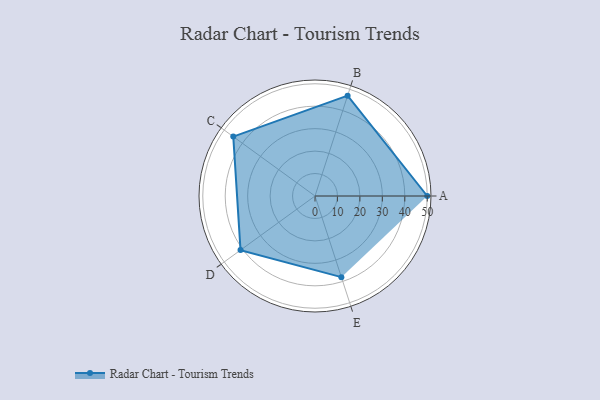
{"axis": {"x": "Skill", "y": "Score"}, "legend": ["Profile"], "data": [{"x": "A", "y": 50.0, "type": "Profile"}, {"x": "B", "y": 47.0, "type": "Profile"}, {"x": "C", "y": 45.0, "type": "Profile"}, {"x": "D", "y": 41.0, "type": "Profile"}, {"x": "E", "y": 38.0, "type": "Profile"}]}